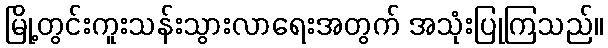
မြို့တွင်းကူးသန်းသွားလာရေးအတွက် အသုံးပြုကြသည်။